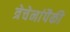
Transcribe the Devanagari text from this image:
त्रेचेनांपैकी